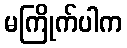
မကြိုက်ပါက